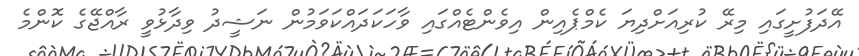
އޭދަފުށީގައި މިރޭ ކުރިއަށްދިޔަ ކެމްޕެއިން އިވެންޓެއްގައި ވާހަކަދައްކަވަމުން ނަޝީދު ވިދާޅުވީ ރާއްޖޭގެ ކޮންމެ